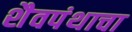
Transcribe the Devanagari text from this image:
शैवपंथाचा